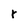
Character: r